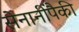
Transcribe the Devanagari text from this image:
सेनानींपैकी